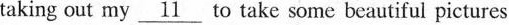
taking out my \underline{11} to take some beautiful pictures